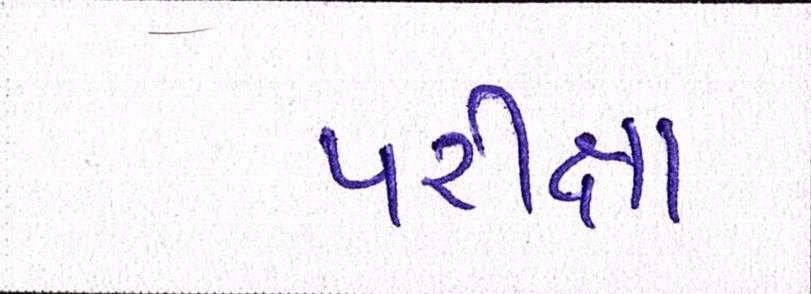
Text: પરીક્ષા